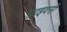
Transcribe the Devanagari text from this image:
प्राइवसी